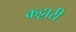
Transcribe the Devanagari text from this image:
कट्टारी